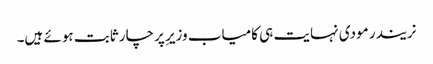
نریندر مودی نہایت ہی کامیاب وزیرِ پرچار ثابت ہوئے ہیں۔